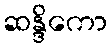
ဆန္ဒိကော